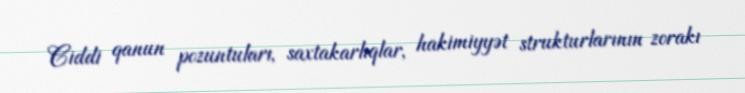
Ciddi qanun pozuntuları, saxtakarlıqlar, hakimiyyət strukturlarının zorakı